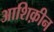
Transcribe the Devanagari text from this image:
आशिक़ीन